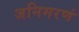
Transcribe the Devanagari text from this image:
जनिमरणं